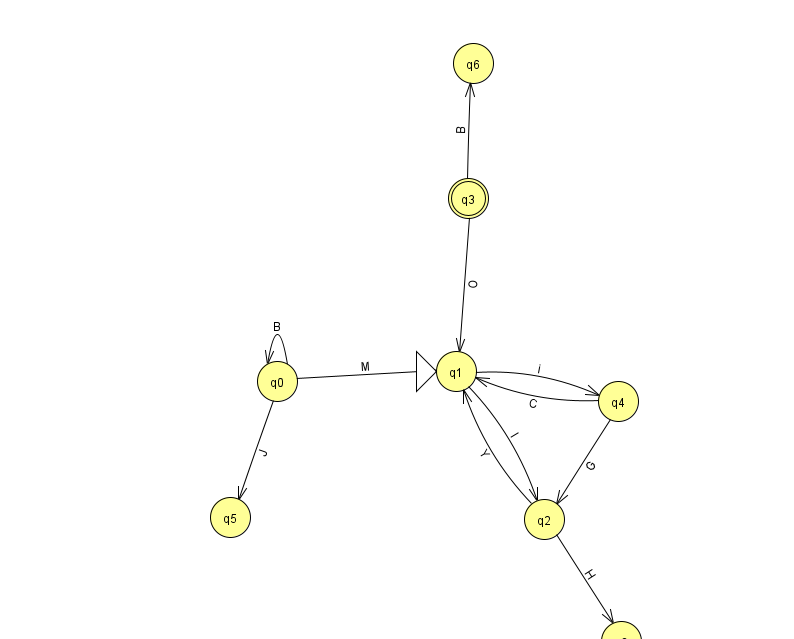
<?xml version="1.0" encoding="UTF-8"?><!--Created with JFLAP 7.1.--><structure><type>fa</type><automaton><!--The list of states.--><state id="0" name="q0"><x>277.0</x><y>368.0</y></state><state id="1" name="q1"><x>456.0</x><y>358.0</y><initial/></state><state id="2" name="q2"><x>544.0</x><y>506.0</y></state><state id="3" name="q3"><x>468.0</x><y>185.0</y><final/></state><state id="4" name="q4"><x>618.0</x><y>388.0</y></state><state id="5" name="q5"><x>230.0</x><y>504.0</y></state><state id="6" name="q6"><x>473.0</x><y>50.0</y></state><state id="8" name="q8"><x>621.0</x><y>628.0</y></state><!--The list of transitions.--><transition><from>0</from><to>5</to><read>J</read></transition><transition><from>0</from><to>0</to><read>B</read></transition><transition><from>1</from><to>4</to><read>i</read></transition><transition><from>0</from><to>1</to><read>M</read></transition><transition><from>3</from><to>1</to><read>O</read></transition><transition><from>3</from><to>6</to><read>B</read></transition><transition><from>4</from><to>2</to><read>G</read></transition><transition><from>4</from><to>1</to><read>C</read></transition><transition><from>1</from><to>2</to><read>I</read></transition><transition><from>2</from><to>1</to><read>Y</read></transition><transition><from>2</from><to>8</to><read>H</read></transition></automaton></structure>